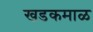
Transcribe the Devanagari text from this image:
खडकमाळ